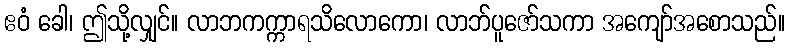
ဧဝံ ခေါ၊ ဤသို့လျှင်။ လာဘကက္ကာရသိလောကော၊ လာဘ်ပူဇော်သကာ အကျော်အစောသည်။